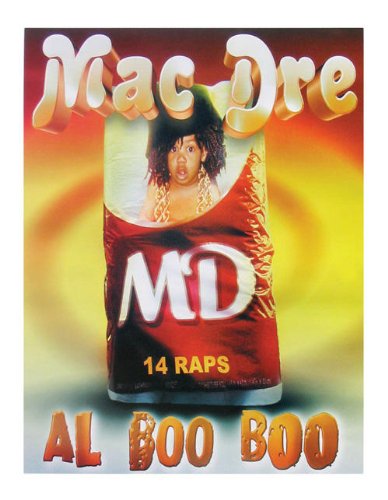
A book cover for Mac Dre - Al Boo Boo Poster; Calendars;